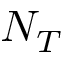
N _ { T }